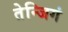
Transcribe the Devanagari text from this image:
तेन्जिगं